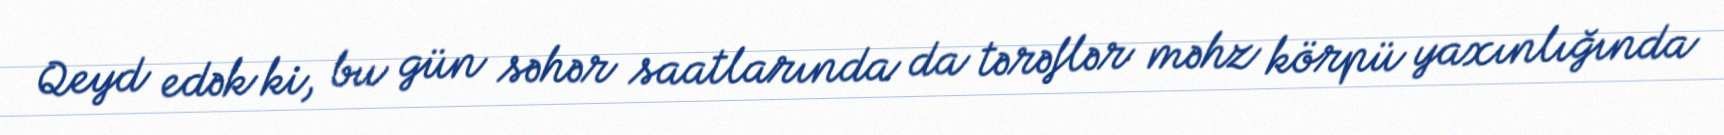
Qeyd edək ki, bu gün səhər saatlarında da tərəflər məhz körpü yaxınlığında